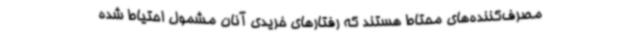
مصرف‌کننده‌های محتاط هستند که رفتارهای خریدی آنان مشمول احتیاط شده